Lunatic asylums Central Provinces reports 1895-1909 - 1895-1909
Year: 1895
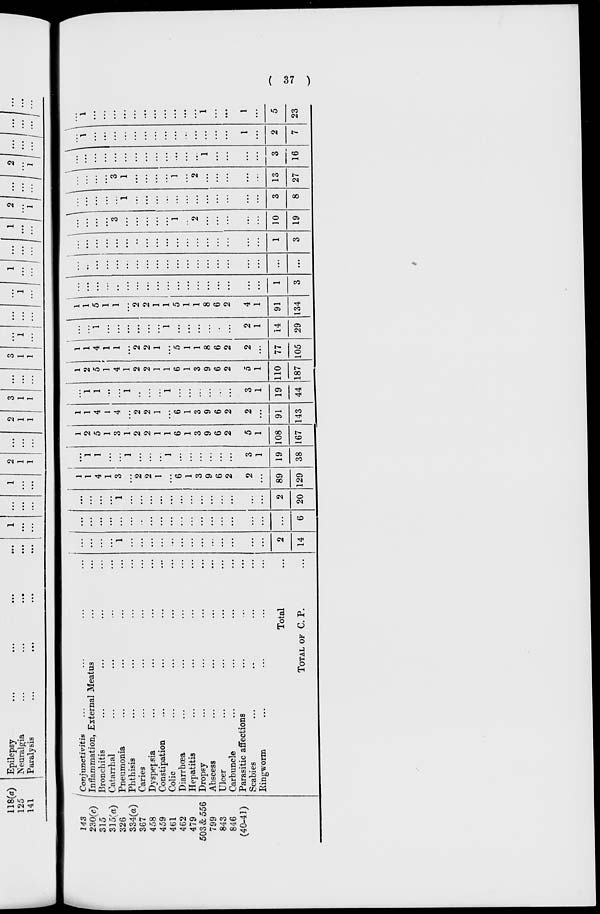
( 37 )
143
230(c)
315
315 (a)
326
334(a)
367
458
459
461
462
479
503& 556
799
843
846
(40-41)
Conjunctivitis ... ... ... ...
Inflammation, External Meatus ... ...
Bronchitis ... ... ... ...
Catarrhal ... ... ... ...
Pneumonia ... ... ... ...
Phthisis ... ... ... ...
Caries ... ... ... ...
Dyspepsia ... ... ... ...
Constipation ... ... ... ...
Colic ... ... ... ...
Diarrhœa ... ... ... ...
Hepatitis ... ... ... ...
Dropsy ... ... ... ...
Abscess ... ... ... ...
Ulcer ... ... ... ...
Carbuncle ... ... ... ...
Parasitic affections ... ... ...
Scabies ... ... ... ...
Ringworm ... ... ... ...
Total ...
TOTAL OF C. P. ...
...
...
...
...
1
...
...
...
...
...
...
...
...
...
...
...
...
...
2
14
...
...
...
...
...
...
...
...
...
...
...
...
...
...
...
...
...
...
...
6
...
...
...
...
1
...
...
...
...
...
...
...
...
...
...
...
...
...
2
20
1
1
4
1
3
...
2
2
1
...
6
1
3
9
6
2
2
...
89
129
...
1
1
...
...
1
...
...
...
1
...
...
...
...
...
...
3
1
19
38
1
2
5
1
3
1
2
2
1
1
6
1
3
9
6
2
5
1
108
167
1
1
4
1
4
...
2
2
1
...
6
1
3
9
6
2
2
...
91
143
...
1
1
...
...
1
...
...
...
1
...
...
...
...
...
...
3
1
19
44
1
2
5
1
4
1
2
2
1
1
6
1
3
9
6
2
5
1
110
187
1
1
4
1
1
...
2
2
1
...
5
1
1
8
6
2
2
...
77
105
...
...
1
...
...
...
...
...
...
1
...
...
...
...
..
...
2
1
14
29
1
1
5
1
1
...
2
2
1
1
5
1
1
8
6
2
4
1
91
134
...
...
...
...
...
...
...
...
...
...
...
...
...
...
...
...
...
...
1
3
...
...
...
...
...
...
...
...
...
...
...
...
...
...
...
...
...
...
...
...
...
...
...
...
...
...
...
...
...
...
...
...
...
...
...
...
...
...
1
3
...
...
...
...
3
...
...
...
...
...
1
...
2
...
...
...
...
...
10
19
...
...
...
...
...
1
...
...
...
...
...
...
...
...
...
...
...
...
3
8
...
...
...
...
3
1
...
...
...
...
1
...
2
...
...
...
...
...
13
27
...
...
...
...
...
...
...
...
...
...
...
...
...
1
...
...
...
...
3
16
...
1
...
...
...
...
...
...
...
...
...
...
...
...
...
...
1
...
2
7
...
1
...
...
...
...
...
...
...
...
...
...
...
1
...
...
1
...
5
23